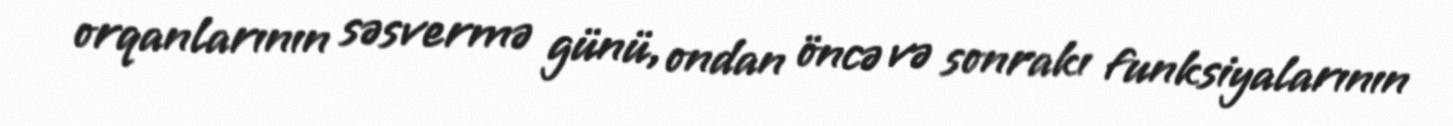
orqanlarının səsvermə günü, ondan öncə və sonrakı funksiyalarının